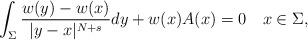
LaTeX: \begin{align*}\int_{\Sigma}\frac{w(y)-w(x)}{|y-x|^{N+s}} dy+w(x) A(x) = 0 \quad x \in \Sigma,\end{align*}